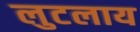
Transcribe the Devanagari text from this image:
लुटलाय